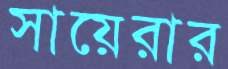
সায়েরার